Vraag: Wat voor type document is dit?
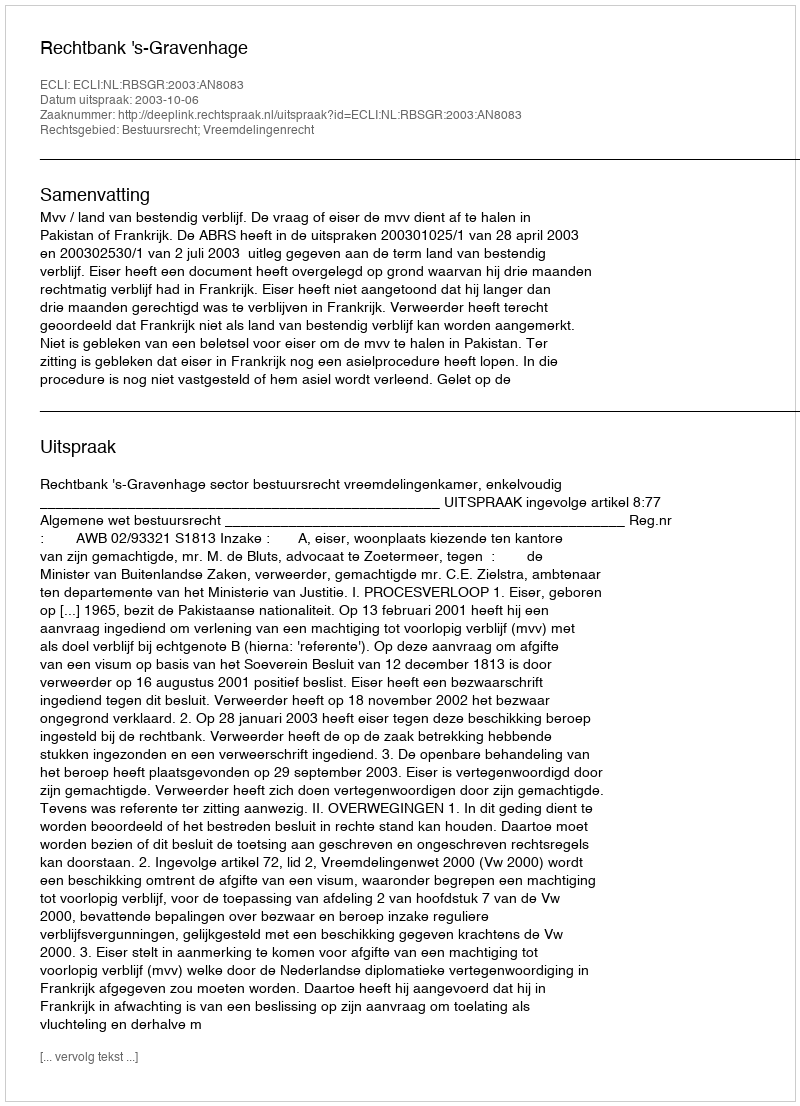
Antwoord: Uitspraak